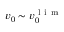
v _ { 0 } \sim v _ { 0 } ^ { \mathrm { ~ l ~ i ~ m ~ } }